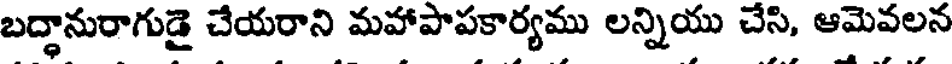
బద్ధానురాగుడై చేయరాని మహాపాపకార్యము లన్నియు చేసి, ఆమెవలన